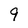
Character: 9